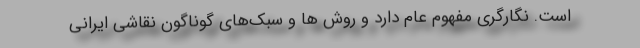
است. نگارگری مفهوم عام دارد و روش ‌ها و سبک‌های گوناگون نقاشی ایرانی